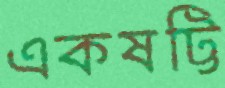
একষট্টি